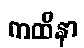
ကထိနာ